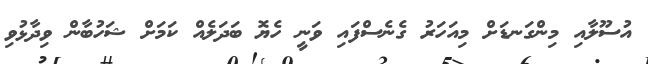
އުސޫލާއި މިންގަނޑަށް މިއަހަރު ގެނެސްފައި ވަނީ ހެޔޮ ބަދަލެއް ކަމަށް ޝަހުބާން ވިދާޅުވި